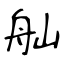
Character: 舢